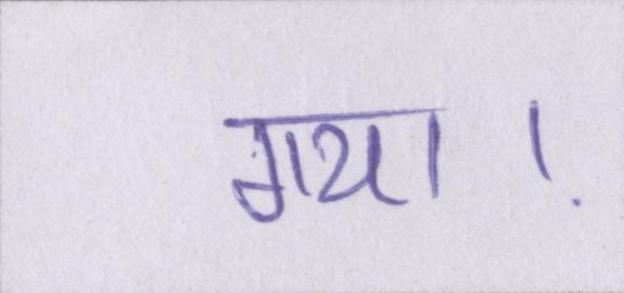
गया।